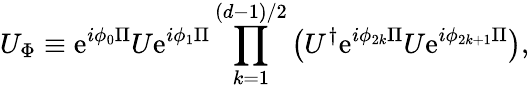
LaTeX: U_{\Phi}\equiv\mathrm{e}^{i\phi_{0}\Pi}U\mathrm{e}^{i\phi_{1}\Pi}\prod_{k=1}^{(d-1)/2}\left(U^{\dagger}\mathrm{e}^{i\phi_{2k}\Pi}U\mathrm{e}^{i\phi_{2k+1}\Pi}\right),